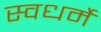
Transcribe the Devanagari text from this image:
स्वधर्मे